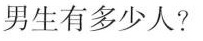
男生有多少人?